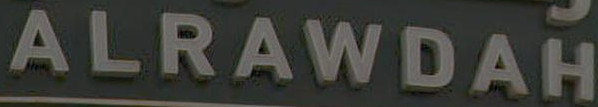
ALRAWDAH